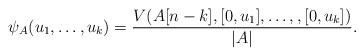
LaTeX: \begin{align*}\psi_A(u_1, \dots, u_k)=\frac{V(A[n-k],[0,u_1],\dots, ,[0,u_k])}{|A|}.\end{align*}